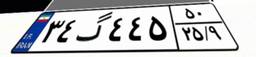
۳۴گ۴۴۵۵۰